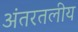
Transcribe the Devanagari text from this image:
अंतरतलीय